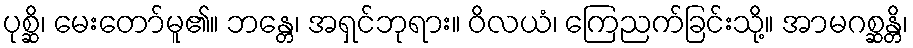
ပုစ္ဆိ၊ မေးတော်မူ၏။ ဘန္တေ၊ အရှင်ဘုရား။ ဝိလယံ၊ ကြေညက်ခြင်းသို့။ အာမဂစ္ဆန္တိ၊